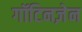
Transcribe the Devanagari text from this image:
गॉटिनज़ेन